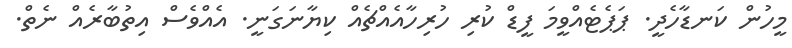
މީހުން ކަނޑާހެދީ. ޕަޕެޓެއްވީމަ ފީޑް ކުރި ހުރިހާއެއްޗެއް ކިޔާނަގަނީ. އެއްވެސް އިތުބާރެއް ނެތް.